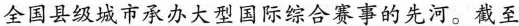
全国县级城市承办大型国际综合赛事的先河。截至